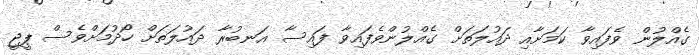
ގެއްލުން ވެފައިވާ ކަމަށާއި ދައުލަތަށް ގެއްލުންވެފައިވާ ފައިސާ އަނބުރާ ދައުލަތަށް ހޯދުމަށްވެސް ޕީޖީ